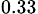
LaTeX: _{0.33}